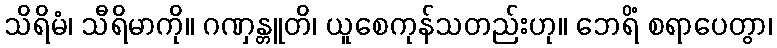
သိရိမံ၊ သီရိမာကို။ ဂဏှန္တူတိ၊ ယူစေကုန်သတည်းဟု။ ဘေရိံ စရာပေတွာ၊